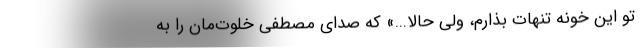
تو این خونه تنهات بذارم، ولی حالا...» که صدای مصطفی خلوت‌مان را به